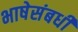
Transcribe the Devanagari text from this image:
भाषेसंबधीं